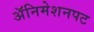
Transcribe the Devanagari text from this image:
अॅनिमेशनपट